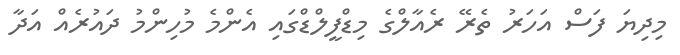
މިދިޔަ ފަސް އަހަރު ތެރޭ ރެއާލްގެ މިޑްފީލްޑްގައި އެންމެ މުހިންމު ދައުރެއް އަދާ